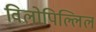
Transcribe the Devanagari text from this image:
विलोपिल्लिल